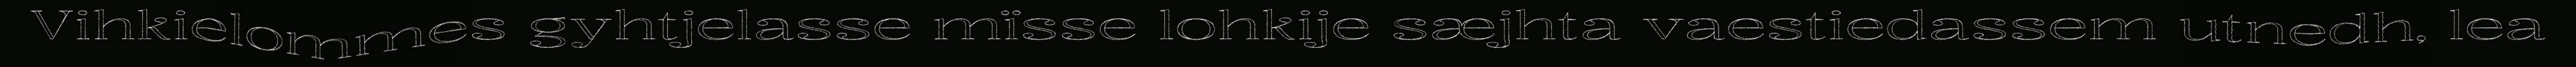
Vihkielommes gyhtjelasse mïsse lohkije sæjhta vaestiedassem utnedh, lea